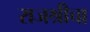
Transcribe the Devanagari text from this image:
राजश्रीचा